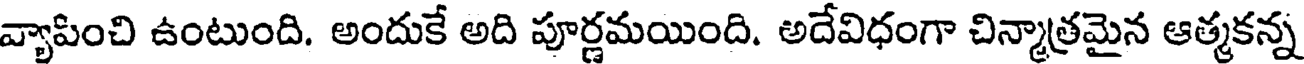
వ్యాపించి ఉంటుంది. అందుకే అది పూర్ణమయింది. అదేవిధంగా చిన్మాత్రమైన ఆత్మకన్న